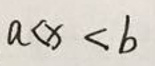
\[a < x < b\]